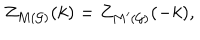
Z _ { M ( { \cal G ) } } ( k ) = Z _ { M ^ { \prime } ( { \cal G ) } } ( - k ) ,